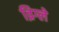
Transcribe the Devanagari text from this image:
व्रिग्ले